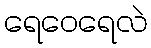
ရေဝေရေလဲ